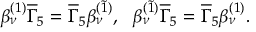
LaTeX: \beta _ { \nu } ^ { ( 1 ) } \overline { { { \Gamma } } } _ { 5 } = \overline { { { \Gamma } } } _ { 5 } \beta _ { \nu } ^ { ( \widetilde { 1 } ) } , ~ ~ \beta _ { \nu } ^ { ( \widetilde { 1 } ) } \overline { { { \Gamma } } } _ { 5 } = \overline { { { \Gamma } } } _ { 5 } \beta _ { \nu } ^ { ( 1 ) } .